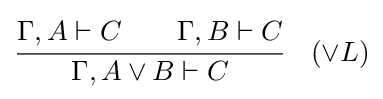
{\cfrac {\Gamma ,A\vdash C\qquad \Gamma ,B\vdash C}{\Gamma ,A\lor B\vdash C}}\quad ({\lor }L)